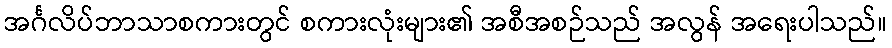
အင်္ဂလိပ်ဘာသာစကားတွင် စကားလုံးများ၏ အစီအစဉ်သည် အလွန် အရေးပါသည်။